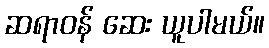
ဆရာဝန် ဆေး ယူပါမယ်။